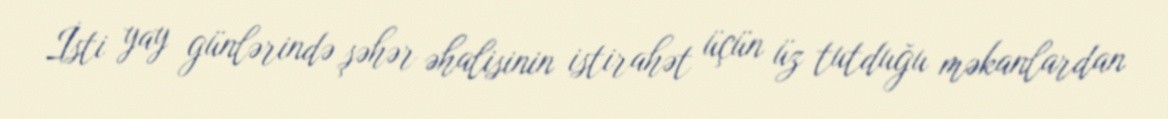
İsti yay günlərində şəhər əhalisinin istirahət üçün üz tutduğu məkanlardan